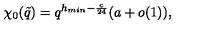
\chi _ { 0 } ( \tilde { q } ) = q ^ { h _ { m i n } - \frac { c } { 2 4 } } ( a + o ( 1 ) ) ,